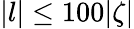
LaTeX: |l|\leq 100|\zeta|